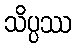
သိပ္ပဿ